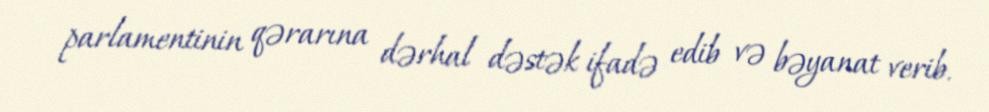
parlamentinin qərarına dərhal dəstək ifadə edib və bəyanat verib.